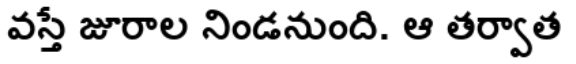
వస్తే జూరాల నిండనుంది. ఆ తర్వాత